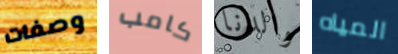
وصفات كامب والدنا المياه